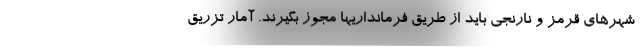
شهرهای قرمز و نارنجی باید از طریق فرمانداریها مجوز بگیرند. آمار تزریق